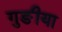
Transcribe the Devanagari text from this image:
गुङीया